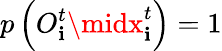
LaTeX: p\left(O_{\mathbf{i}}^{t}\midx_{\mathbf{i}}^{t}\right)=1